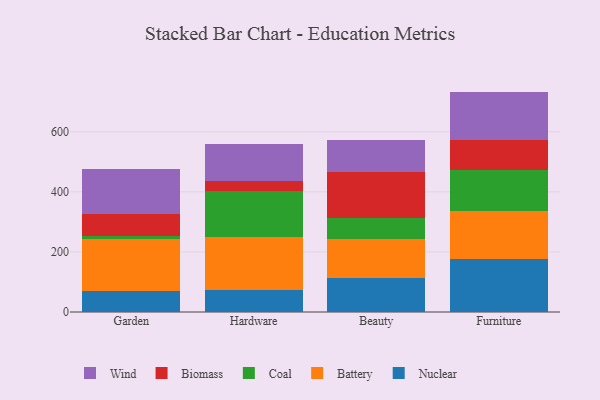
{"axis": {"x": "Category", "y": "Demand Index"}, "legend": ["Battery", "Biomass", "Coal", "Nuclear", "Wind"], "data": [{"x": "Garden", "y": 71.4, "type": "Nuclear"}, {"x": "Garden", "y": 171.9, "type": "Battery"}, {"x": "Garden", "y": 9.6, "type": "Coal"}, {"x": "Garden", "y": 72.6, "type": "Biomass"}, {"x": "Garden", "y": 152.2, "type": "Wind"}, {"x": "Hardware", "y": 74.9, "type": "Nuclear"}, {"x": "Hardware", "y": 175.0, "type": "Battery"}, {"x": "Hardware", "y": 154.2, "type": "Coal"}, {"x": "Hardware", "y": 33.5, "type": "Biomass"}, {"x": "Hardware", "y": 121.2, "type": "Wind"}, {"x": "Beauty", "y": 111.8, "type": "Nuclear"}, {"x": "Beauty", "y": 132.7, "type": "Battery"}, {"x": "Beauty", "y": 68.3, "type": "Coal"}, {"x": "Beauty", "y": 154.1, "type": "Biomass"}, {"x": "Beauty", "y": 106.5, "type": "Wind"}, {"x": "Furniture", "y": 176.5, "type": "Nuclear"}, {"x": "Furniture", "y": 159.5, "type": "Battery"}, {"x": "Furniture", "y": 137.2, "type": "Coal"}, {"x": "Furniture", "y": 99.4, "type": "Biomass"}, {"x": "Furniture", "y": 161.1, "type": "Wind"}]}